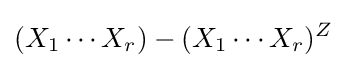
(X_{1}\cdots X_{r})-(X_{1}\cdots X_{r})^{Z}